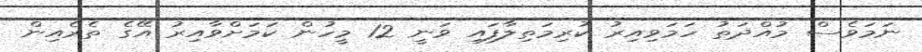
ނަމަވެސް މުއްދަތު ހަމަވިއިރު ކުރިމަތިލާފައި ވަނީ 12 މީހުން ކަމަށްވާއިރު އޭގެ ތެރެއިން